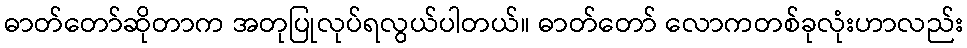
ဓာတ်တော်ဆိုတာက အတုပြုလုပ်ရလွယ်ပါတယ်။ ဓာတ်တော် လောကတစ်ခုလုံးဟာလည်း